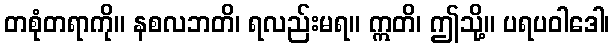
တစုံတရာကို။ နစလဘတိ၊ ရလည်းမရ။ ဣတိ၊ ဤသို့။ ပရပဝါဒေါ၊